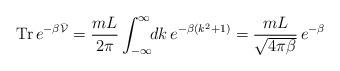
LaTeX: \begin{align*}{\rm Tr}\, e^{-\beta \bar{{\cal V}}}=\frac{mL}{2\pi}\int_{-\infty}^\infty \!\! dk \, e^{-\beta(k^2+1)}=\frac{mL}{\sqrt{4 \pi \beta}} \, e^{-\beta}\end{align*}